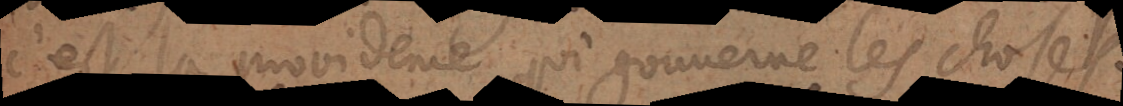
c’est la providence qui gouverne les choses